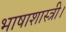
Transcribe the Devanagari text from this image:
भाषाशास्त्री।